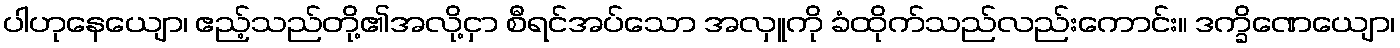
ပါဟုနေယျော၊ ဧည့်သည်တို့၏အလို့ငှာ စီရင်အပ်သော အလှူကို ခံထိုက်သည်လည်းကောင်း။ ဒက္ခိဏေယျော၊